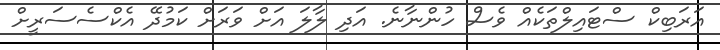
އަރަބިކް ސްޓައިލްތަކެއް ވެސް ހުންނާނެ. އަދި ލާލަ އަށް ވަރަށް ކަމުދޭ އެކްސެސަރީށް